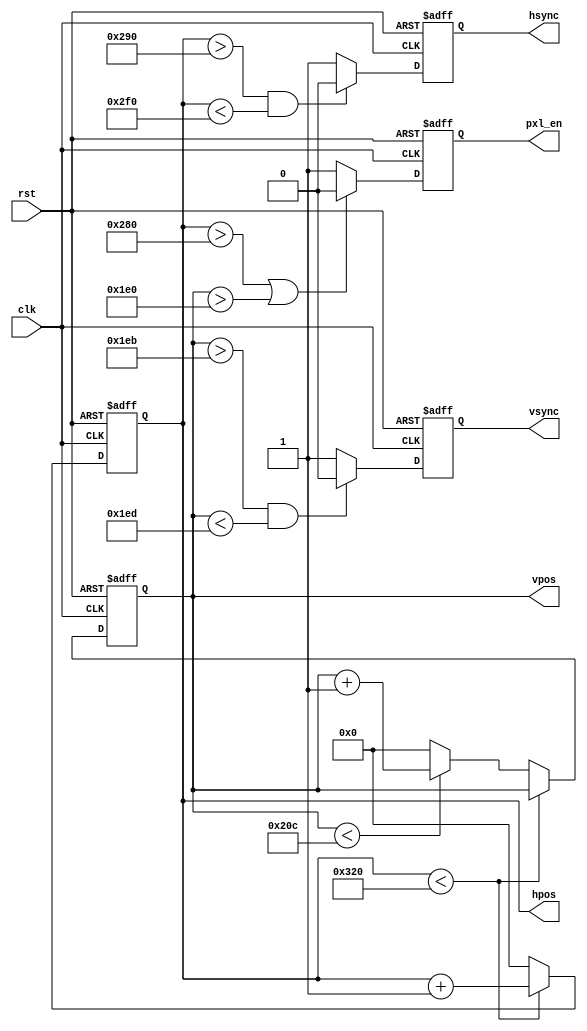
//VGA Sincronizador
// Crystal & Havallon
// 02/12/2017
module vgaSync(clk, rst, hsync, vsync, hpos, vpos, pxl_en);

	input clk;
	input rst;
	
	output reg hsync;
	output reg vsync;
	
	output reg [9:0] hpos;
	output reg [9:0] vpos;
	
	output reg pxl_en;
	
	localparam hva = 640;
	localparam hfp = 16;
	localparam hsp = 96;
	localparam hbp = 48;
	
	localparam vva = 480;
	localparam vfp = 11;
	localparam vsp = 2;
	localparam vbp = 31;
	
	// Pecorrendo a tela, pixel por pixel
	always @ (posedge clk or posedge rst) begin
		if (rst) begin
			hpos   <= 10'd0;
			vpos   <= 10'd0;
		end else begin
			if (hpos < (hva + hfp + hsp + hbp)) begin
				hpos <= hpos + 10'd1;
			end else begin
				hpos <= 10'd0;
				if (vpos < (vva + vfp + vsp + vbp)) begin
					vpos <= vpos + 10'd1;
				end else begin
					vpos <= 10'd0;
				end
			end
		end
	end
	
	// Gerando a sincronia horizontal e vertical
	always @ (posedge clk or posedge rst) begin
		if (rst) begin
			hsync  <= 1'b0;
			vsync  <= 1'b0;
		end else begin
			if ((hpos > (hva + hfp)) && (hpos <(hva + hfp +hsp))) begin
				hsync <= 1'b0;
			end else begin
				hsync <= 1'b1;
			end
			
			if ((vpos > (vva + vfp)) && (vpos < (vva + vfp +vsp))) begin
				vsync <= 1'b0;
			end else begin
				vsync <= 1'b1;
			end
		end
	end
	
	// Definindo a area visivel
	always @ (posedge clk or posedge rst) begin
		if (rst) begin
			pxl_en <= 1'b0;
		end else begin
			if (hpos > hva || vpos > vva) begin
				pxl_en <= 1'b0;
			end else begin
				pxl_en <= 1'b1;
			end
		end
	end
	
endmodule